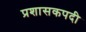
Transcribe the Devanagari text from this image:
प्रशासकपदी